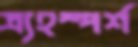
ত্র্যহস্পর্শ